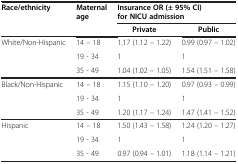
| <ROWSPAN=2> Race/ethnicity | <ROWSPAN=2> Maternal age | <COLSPAN=2> Insurance OR (± 95% CI) for NICU admission |
 | Private | Public |
 | --- | --- | --- | --- |
 | White/Non-Hispanic | 14 – 18 | 1.17 (1.12 – 1.22) | 0.99 (0.97 – 1.02) |
 |  | 19 - 34 | 1 | 1 |
 |  | 35 - 49 | 1.04 (1.02 – 1.05) | 1.54 (1.51 – 1.58) |
 | Black/Non-Hispanic | 14 – 18 | 1.15 (1.10 – 1.20) | 0.97 (0.93 – 0.99) |
 |  | 19 - 34 | 1 | 1 |
 |  | 35 - 49 | 1.20 (1.17 – 1.24) | 1.47 (1.41 – 1.52) |
 | Hispanic | 14 – 18 | 1.50 (1.43 – 1.58) | 1.24 (1.20 – 1.27) |
 |  | 19 - 34 | 1 | 1 |
 |  | 35 - 49 | 0.97 (0.94 – 1.01) | 1.18 (1.14 – 1.21) |